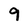
Character: 9